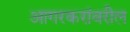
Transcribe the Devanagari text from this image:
आगरकरांवरील